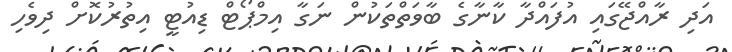
އަދި ރާއްޖޭގައި އުފައްދާ ކާނާގެ ބާވަތްތަކުން ނަގާ އިމްޕޯޓް ޑިއުޓީ އިތުރުކޮށް ދިވެހި